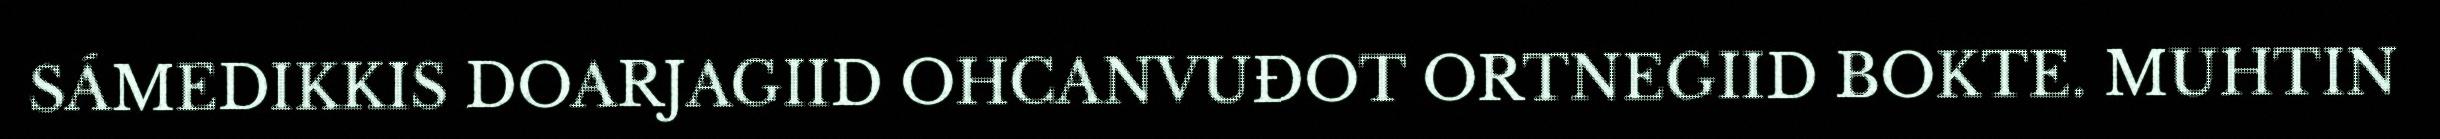
SÁMEDIKKIS DOARJAGIID OHCANVUĐOT ORTNEGIID BOKTE. MUHTIN